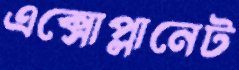
এক্সোপ্লানেট